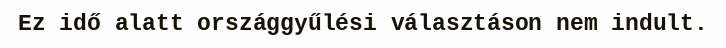
Ez idő alatt országgyűlési választáson nem indult.